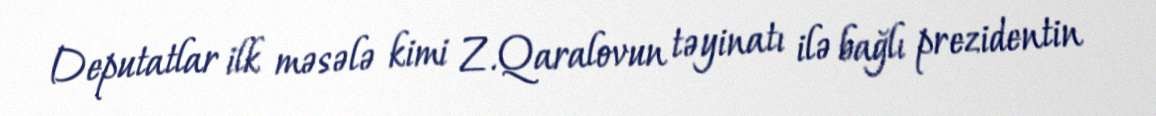
Deputatlar ilk məsələ kimi Z.Qaralovun təyinatı ilə bağlı prezidentin